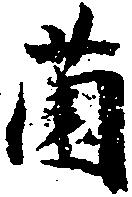
薗